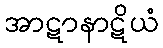
အာဋာနာဋိယံ